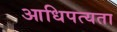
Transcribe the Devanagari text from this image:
आधिपत्यता